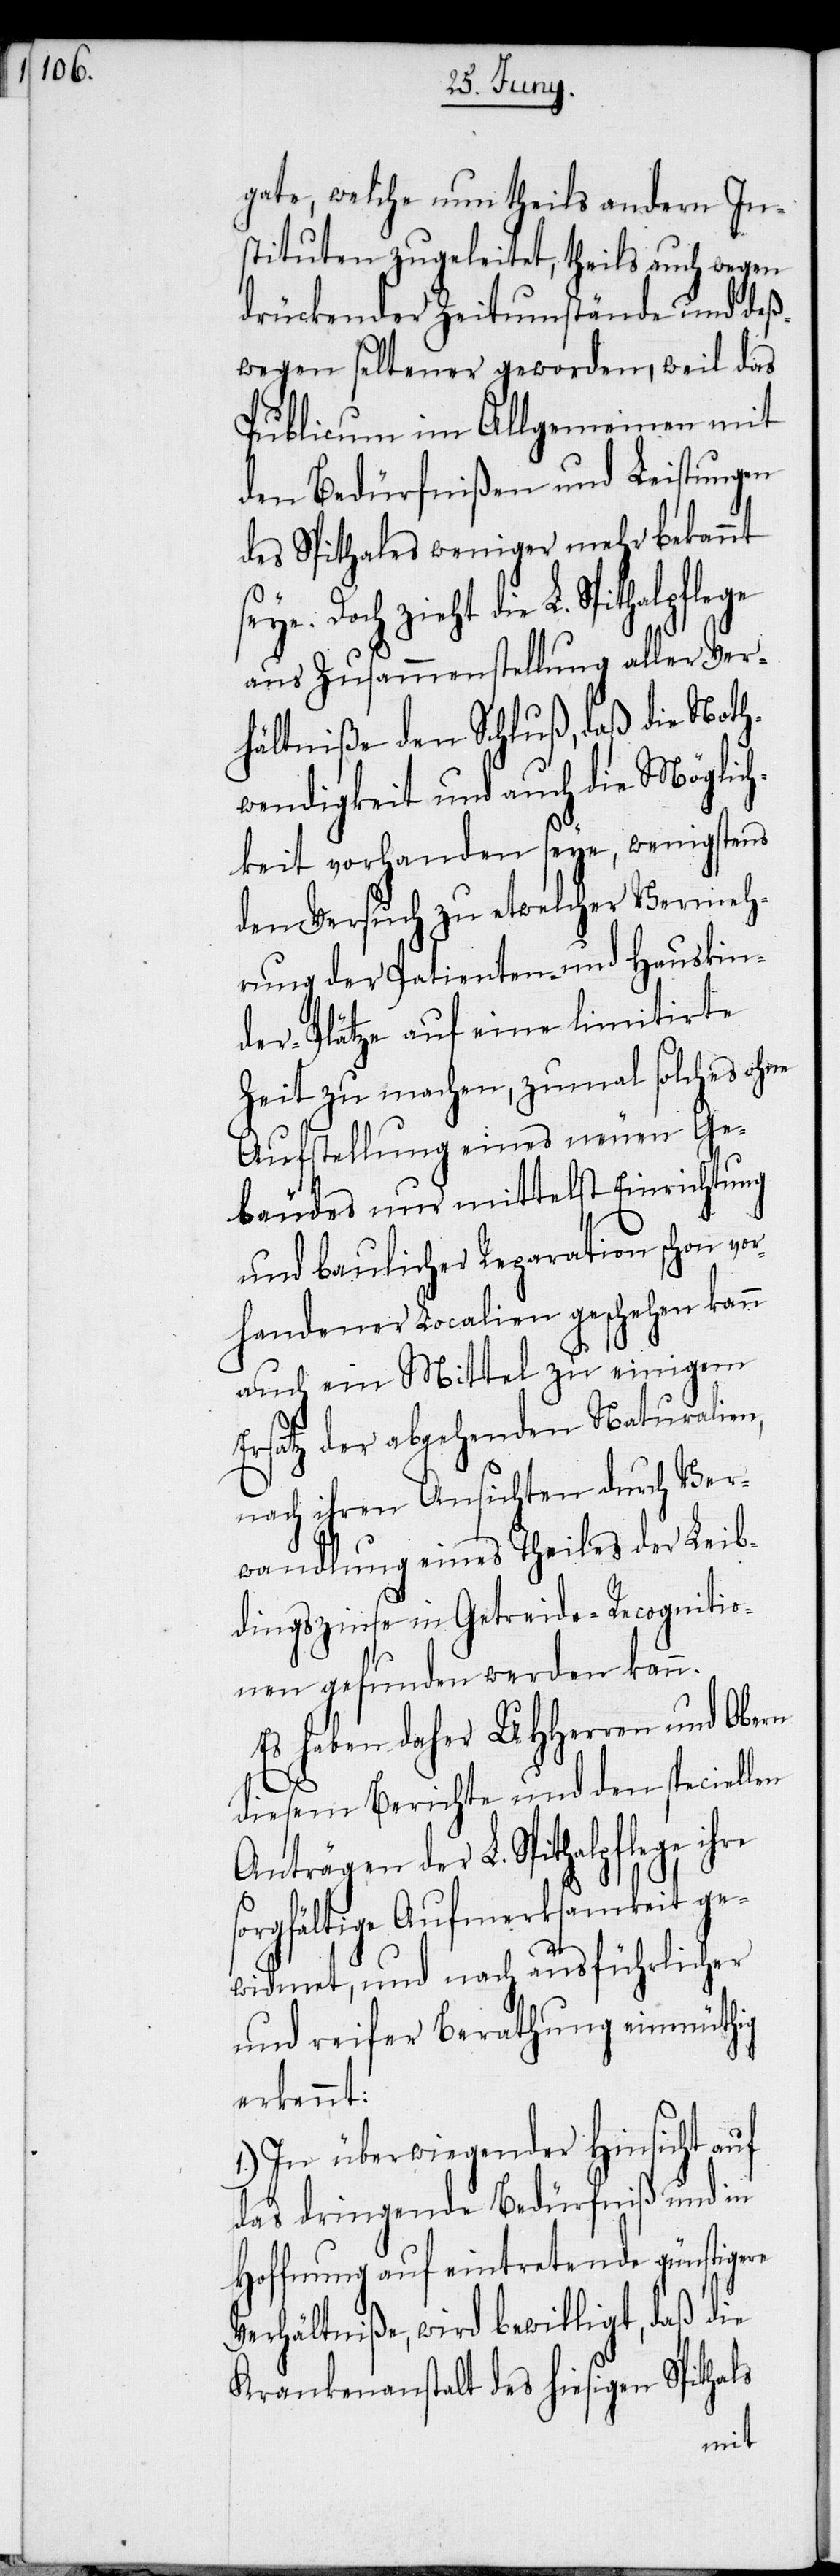
gate, welche nun theils andern In¬
stituten zugeleitet, theils auch wegen
drückender Zeitumstände und deß¬
wegen seltener geworden, weil das
Publicum im Allgemeinen mit
den Bedürfnißen und Leistungen
des Spithales weniger mehr bekannt
Doch zieht die L. Spithalpflege
aus Zusammenstellung aller Ver¬
hältniße den Schluß, daß die Noth¬
wendigkeit und auch die Möglich¬
keit vorhanden seye, wenigstens
den Versuch zu etwelcher Vermeh¬
rung der Patienten- und Hauskin¬
der-Plätze auf eine limitirte
Zeit zu machen, zumal solches ohne
Aufstellung eines neuen Ge¬
bäudes nur mittelst Einrichtung
und baulicher Reparation schon vor¬
handener Localien geschehen kann
auch ein Mittel zu einigem
Ersatz der abgehenden Naturalien,
nach ihren Ansichten durch Ver¬
wandlung eines Theiles der Leib¬
dingszinse in Getreide-Recognitio¬
nen gefunden werden kann.
Es haben daher UHHerren und Obern
diesem Berichte und den speciellen
Anträgen der L. Spithalpflege
sorgfältige Aufmerksamkeit ge¬
widmet, und nach ausführlicher
und reifer Berathung einmüthig
erkennt:
1.) In überwiegender Hinsicht auf
das dringende Bedürfniß und in
Hoffnung auf eintretende günstigere
Verhältniße, wird bewilligt, daß die
Krankenanstalt des hiesigen Spithals